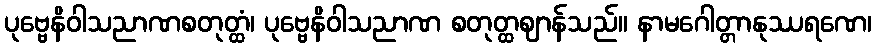
ပုဗ္ဗေနိဝါသညာဏစတုတ္ထံ၊ ပုဗ္ဗေနိဝါသညာဏ စတုတ္ထဈာန်သည်။ နာမဂေါတ္တာနုဿရဏေ၊